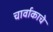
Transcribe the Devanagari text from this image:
चार्वाकाचे